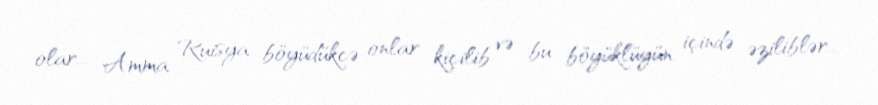
olar... Amma Ruisya böyüdükcə onlar kiçilib və bu böyüklüyün içində əziliblər...